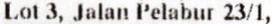
LOT 3, JALAN PELABUR 23/1,